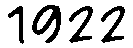
1922